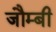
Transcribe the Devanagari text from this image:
जौम्बी